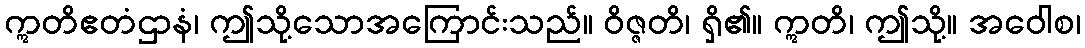
ဣတိဧတံဌာနံ၊ ဤသို့သောအကြောင်းသည်။ ဝိဇ္ဇတိ၊ ရှိ၏။ ဣတိ၊ ဤသို့။ အဝေါစ၊